Annual administration report of the Civil Veterinary Department of India - 1897-1898
Year: 1897
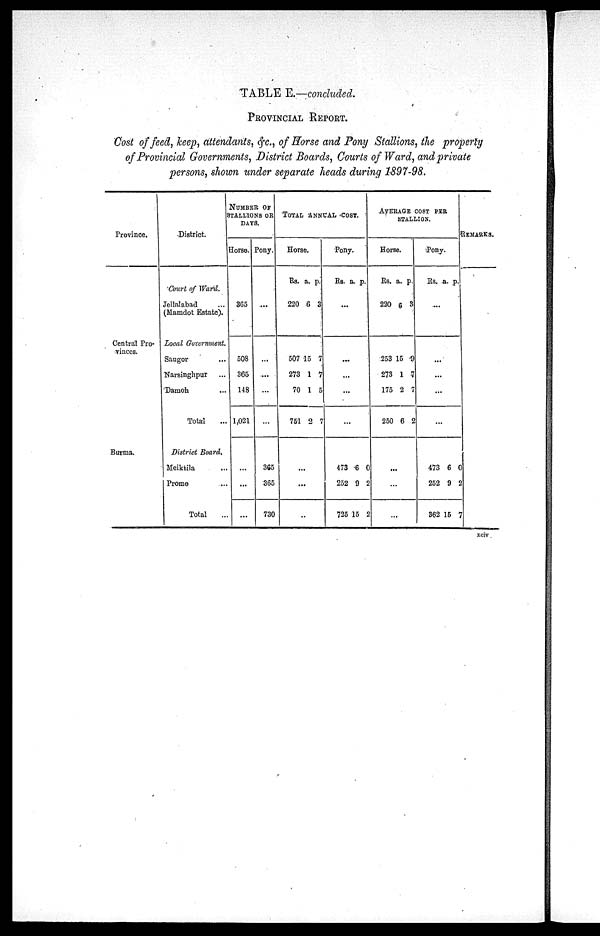
TABLE E.—concluded.
PROVINCIAL REPORT.
Cost of feed, keep, attendants, &c., of Horse and Pony Stallions, the property
of Provincial Governments, District Boards, Courts of Ward, and private
persons, shown under separate heads during 1897-98.
Province.
Central Pro-
vinces.
Burma.
District.
Court of Ward.
Jellalabad ...
(Mamdot Estate).
Local Government.
Saugor ...
Narsinghpur ...
Damoh ...
Total ...
District Board.
Meiktila ...
Prome ...
Total ...
NUMBER OF
STALLIONS OR
DAYS.
Horse.
365
508
365
148
1,021
...
...
...
Pony.
...
...
...
...
...
365
365
730
TOTAL ANNUAL COST.
Horse.
Rs.
220
507
273
70
751
a.
6
15
1
1
2
...
...
..
p.
3
7
7
5
7
Pony.
Rs.
473
252
725
a.
...
...
...
...
...
6
9
15
p.
0
2
2
AVERAGE COST PER
STALLION.
Horse.
Rs.
220
253
273
175
250
..
...
...
a.
6
15
1
2
6
.
p.
3
9
7
7
2
Pony.
Rs.
...
...
...
...
...
473
252
362
a.
6
9
15
p.
0
2
7
REMARKS.
xciv